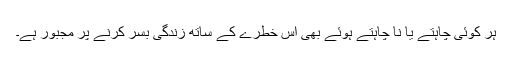
ہر کوئی چاہتے یا نا چاہتے ہوئے بھی اس خطرے کے ساتھ زندگی بسر کرنے پر مجبور ہے۔